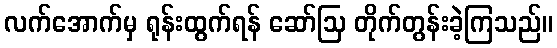
လက်အောက်မှ ရုန်းထွက်ရန် ဆော်ဩ တိုက်တွန်းခဲ့ကြသည်။